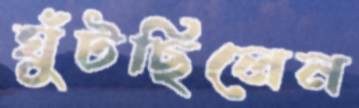
ঘুঁটছিলেন